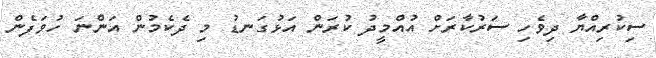
ސިކުރިއްޔާ ދިވެހި ސަރުކާރަށް އުއްމީދު ކުރަން އަޅުގަނޑު މި ދެކެމުން އަންނަ ހުވަފެން